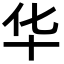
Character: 华